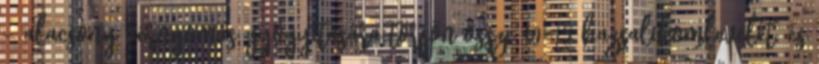
- alacsony vérnyomás gyógyítására törjön össze 10-15 bazsalikomlevelet, és